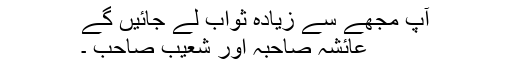
آپ مجھے سے زیادہ ثواب لے جائیں گے
عائشہ صاحبہ اور شعیب صاحب ۔